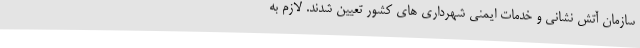
سازمان آتش نشانی و خدمات ایمنی شهرداری های کشور تعیین شدند. لازم به